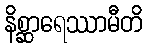
နိစ္ဆာရေဿာမီတိ